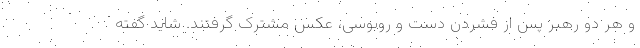
و هر دو رهبر پس از فشردن دست و روبوسی، عکس مشترک گرفتند. شاید گفته